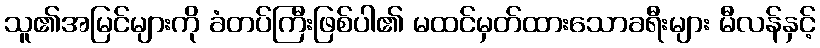
သူ၏အမြင်များကို ခံတပ်ကြီးဖြစ်ပါ၏ မထင်မှတ်ထားသောခရီးများ မီလန်နှင့်